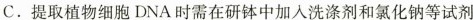
C.提取植物细胞DNA时需在研钵中加入洗涤剂和氯化钠等试剂